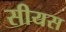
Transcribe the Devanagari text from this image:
सीयस